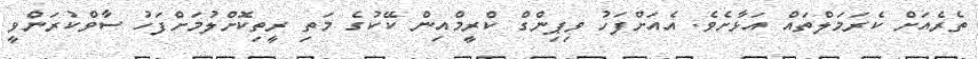
ތެރެއަށް ކެރަމަލްތައް އަޅާށެވެ. އެއަށްފަހު ވިޕިންގް ކްރީމްއިން ކޭކުގެ މަތި ރީތިކޮށްލުމަށްފަހު ސާވްކުރަންވީ